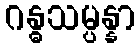
ဂန္ဓသမ္ပန္နာ